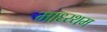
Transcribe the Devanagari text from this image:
माध्य्थम